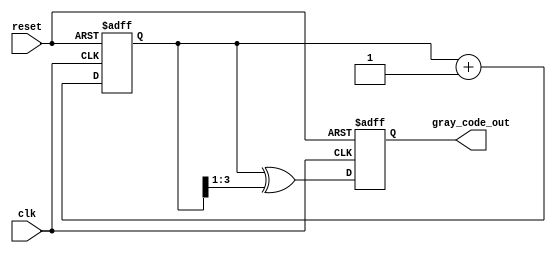
module gray_code_counter (
    input wire clk,          // Clock signal
    input wire reset,        // Asynchronous reset signal
    output reg [N-1:0] gray_code_out // Output Gray code value
);
    parameter N = 4; // Number of bits for the counter (adjust as needed)
    
    reg [N-1:0] binary_count; // Internal binary counter

    // Convert binary count to Gray code
    function [N-1:0] binary_to_gray;
        input [N-1:0] binary;
        begin
            binary_to_gray = binary ^ (binary >> 1);
        end
    endfunction

    // Asynchronous reset and counting logic
    always @(posedge clk or posedge reset) begin
        if (reset) begin
            binary_count <= 0; // Reset binary count to 0
            gray_code_out <= binary_to_gray(0); // Reset Gray code output
        end else begin
            binary_count <= binary_count + 1; // Increment binary count
            gray_code_out <= binary_to_gray(binary_count); // Update Gray code output
        end
    end

endmodule